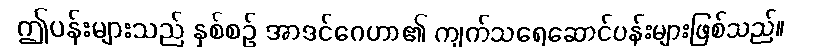
ဤပန်းများသည် နှစ်စဉ် အာဒင်ဂေဟာ၏ ကျက်သရေဆောင်ပန်းများဖြစ်သည်။